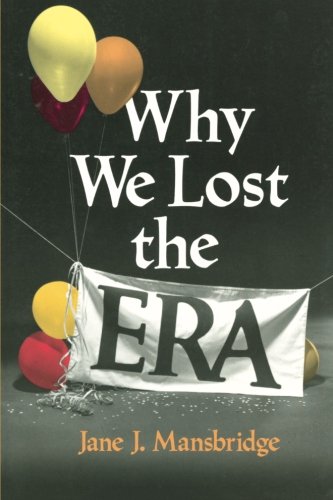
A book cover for Why We Lost the ERA (Equal Rights Movement); Jane J. Mansbridge; Gay & Lesbian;